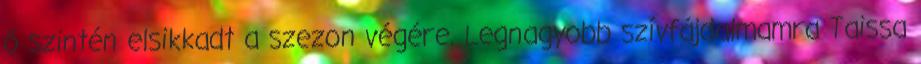
ő szintén elsikkadt a szezon végére. Legnagyobb szívfájdalmamra Taissa